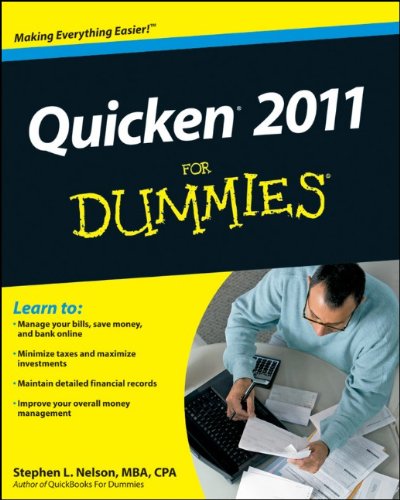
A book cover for Quicken 2011 For Dummies; Stephen L. Nelson; Computers & Technology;